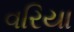
વરિયા